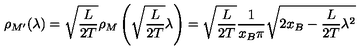
\rho _ { M ^ { \prime } } ( \lambda ) = \sqrt { \frac { L } { 2 T } } \rho _ { M } \left( \sqrt { \frac { L } { 2 T } } \lambda \right) = \sqrt { \frac { L } { 2 T } } \frac { 1 } { x _ { B } \pi } \sqrt { 2 x _ { B } - \frac { L } { 2 T } \lambda ^ { 2 } }